Report of the Indian Hemp Drugs Commission, 1894-1895 - Volume IV
Year: 1894
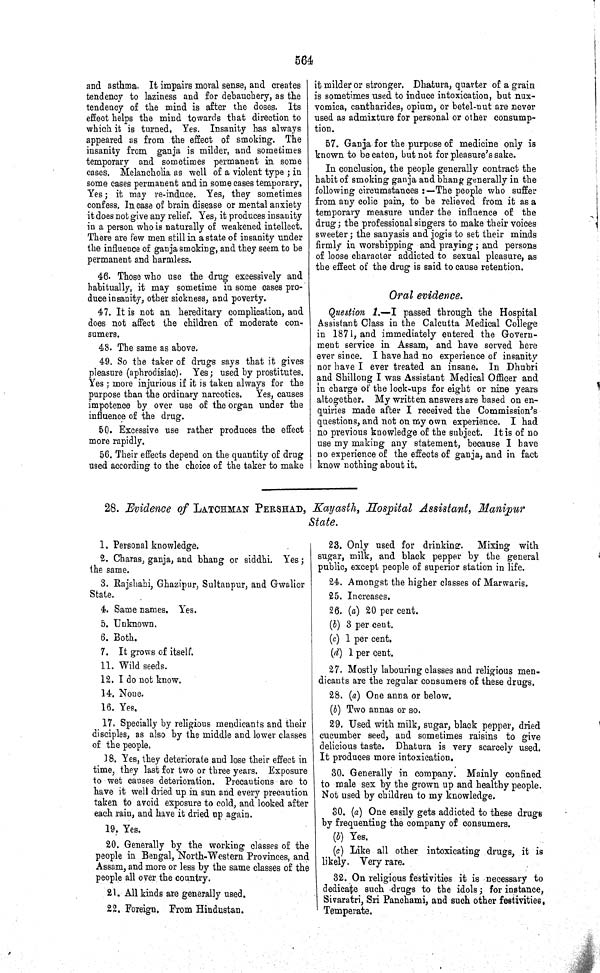
564
and asthma. It impairs moral sense, and creates
tendency to laziness and for debauchery, as the
tendency of the mind is after the doses. Its
effect helps the mind towards that direction to
which it is turned. Yes. Insanity has always
appeared as from the effect of smoking. The
insanity from ganja is milder, and sometimes
temporary and sometimes permanent in some
cases. Melancholia as well of a violent type; in
some cases permanent and in some cases temporary.
Yes; it may re-induce. Yes, they sometimes
confess. In case of brain disease or mental anxiety
it does not give any relief. Yes, it produces insanity
in a person who is naturally of weakened intellect.
There are few men still in a state of insanity under
the influence of ganja smoking, and they seem to be
permanent and harmless.
46. Those who use the drug excessively and
habitually, it may sometime in some cases pro-
duce insanity, other sickness, and poverty.
47. It is not an hereditary complication, and
does not affect the children of moderate con-
sumers.
48. The same as above.
49. So the taker of drugs says that it gives
pleasure (aphrodisiac). Yes; used by prostitutes.
Yes; more injurious if it is taken always for the
purpose than the ordinary narcotics. Yes, causes
impotence by over use of the organ under the
influence of the drug.
50. Excessive use rather produces the effect
more rapidly.
56. Their effects depend on the quantity of drug
used according to the choice of the taker to make
it milder or stronger. Dhatura, quarter of a grain
is sometimes used to induce intoxication, but nux-
vomica, cantharides, opium, or betel-nut are never
used as admixture for personal or other consump-
tion.
57. Ganja for the purpose of medicine only is
known to be eaten, but not for pleasure's sake.
In conclusion, the people generally contract the
habit of smoking ganja and bhang generally in the
following circumstances:—The people who suffer
from any colic pain, to be relieved from it as a
temporary measure under the influence of the
drug; the professional singers to make their voices
sweeter; the sanyasis and jogis to set their minds
firmly in worshipping and praying; and persons
of loose character addicted to sexual pleasure, as
the effect of the drug is said to cause retention.
Oral evidence.
Question 1.—I passed through the Hospital
Assistant Class in the Calcutta Medical College
in 1871, and immediately entered the Govern-
ment service in Assam, and have served here
ever since. I have had no experience of insanity
nor have I ever treated an insane. In Dhubri
and Shillong I was Assistant Medical Officer and
in charge of the lock-ups for eight or nine years
altogether. My written answers are based on en-
quiries made after I received the Commission's
questions, and not on my own experience. I had
no previous knowledge of the subject. It is of no
use my making any statement, because I have
no experience of the effects of ganja, and in fact
know nothing about it.
28. Evidence of LATCHMAN PERSHAD, Kayasth, Hospital Assistant, Manipur
State.
1. Personal knowledge.
2. Charas, ganja, and bhang or siddhi. Yes;
the same.
3. Rajshahi, Ghazipur, Sultanpur, and Gwalior
State.
4. Same names. Yes.
5. Unknown.
6. Both.
7. It grows of itself.
11. Wild seeds.
12. I do not know.
14. None.
16. Yes.
17. Specially by religious mendicants and their
disciples, as also by the middle and lower classes
of the people.
18. Yes, they deteriorate and lose their effect in
time, they last for two or three years. Exposure
to wet causes deterioration. Precautions are to
have it well dried up in sun and every precaution
taken to avoid exposure to cold, and looked after
each rain, and have it dried up again.
19. Yes.
20. Generally by the working classes of the
people in Bengal, North-Western Provinces, and
Assam, and more or less by the same classes of the
people all over the country.
21. All kinds are generally used.
22. Foreign. From Hindustan.
23. Only used for drinking. Mixing with
sugar, milk, and black pepper by the general
public, except people of superior station in life.
24. Amongst the higher classes of Marwaris.
25. Increases.
26. (a) 20 per cent.
(b) 3 per cent.
(c) 1 per cent.
(d) 1 per cent.
27. Mostly labouring classes and religious men-
dicants are the regular consumers of these drugs.
28. (a) One anna or below.
(b) Two annas or so.
29. Used with milk, sugar, black pepper, dried
cucumber seed, and sometimes raisins to give
delicious taste. Dhatura is very scarcely used.
It produces more intoxication.
30. Generally in company. Mainly confined
to male sex by the grown up and healthy people.
Not used by children to my knowledge.
30. (a) One easily gets addicted to these drugs
by frequenting the company of consumers.
(b) Yes.
(c) Like all other intoxicating drugs, it is
likely. Very rare.
32. On religious festivities it is necessary to
dedicate such drugs to the idols; for instance,
Sivaratri, Sri Panchami, and such other festivities,
Temperate.